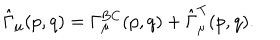
LaTeX: \hat { \Gamma } _ { \mu } ( p , q ) = \Gamma _ { \mu } ^ { \mathrm { B C } } ( p , q ) + \hat { \Gamma } _ { \mu } ^ { \mathrm { T } } ( p , q ) .